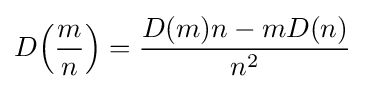
D\!\left({\frac {m}{n}}\right)={\frac {D(m)n-mD(n)}{n^{2}}}